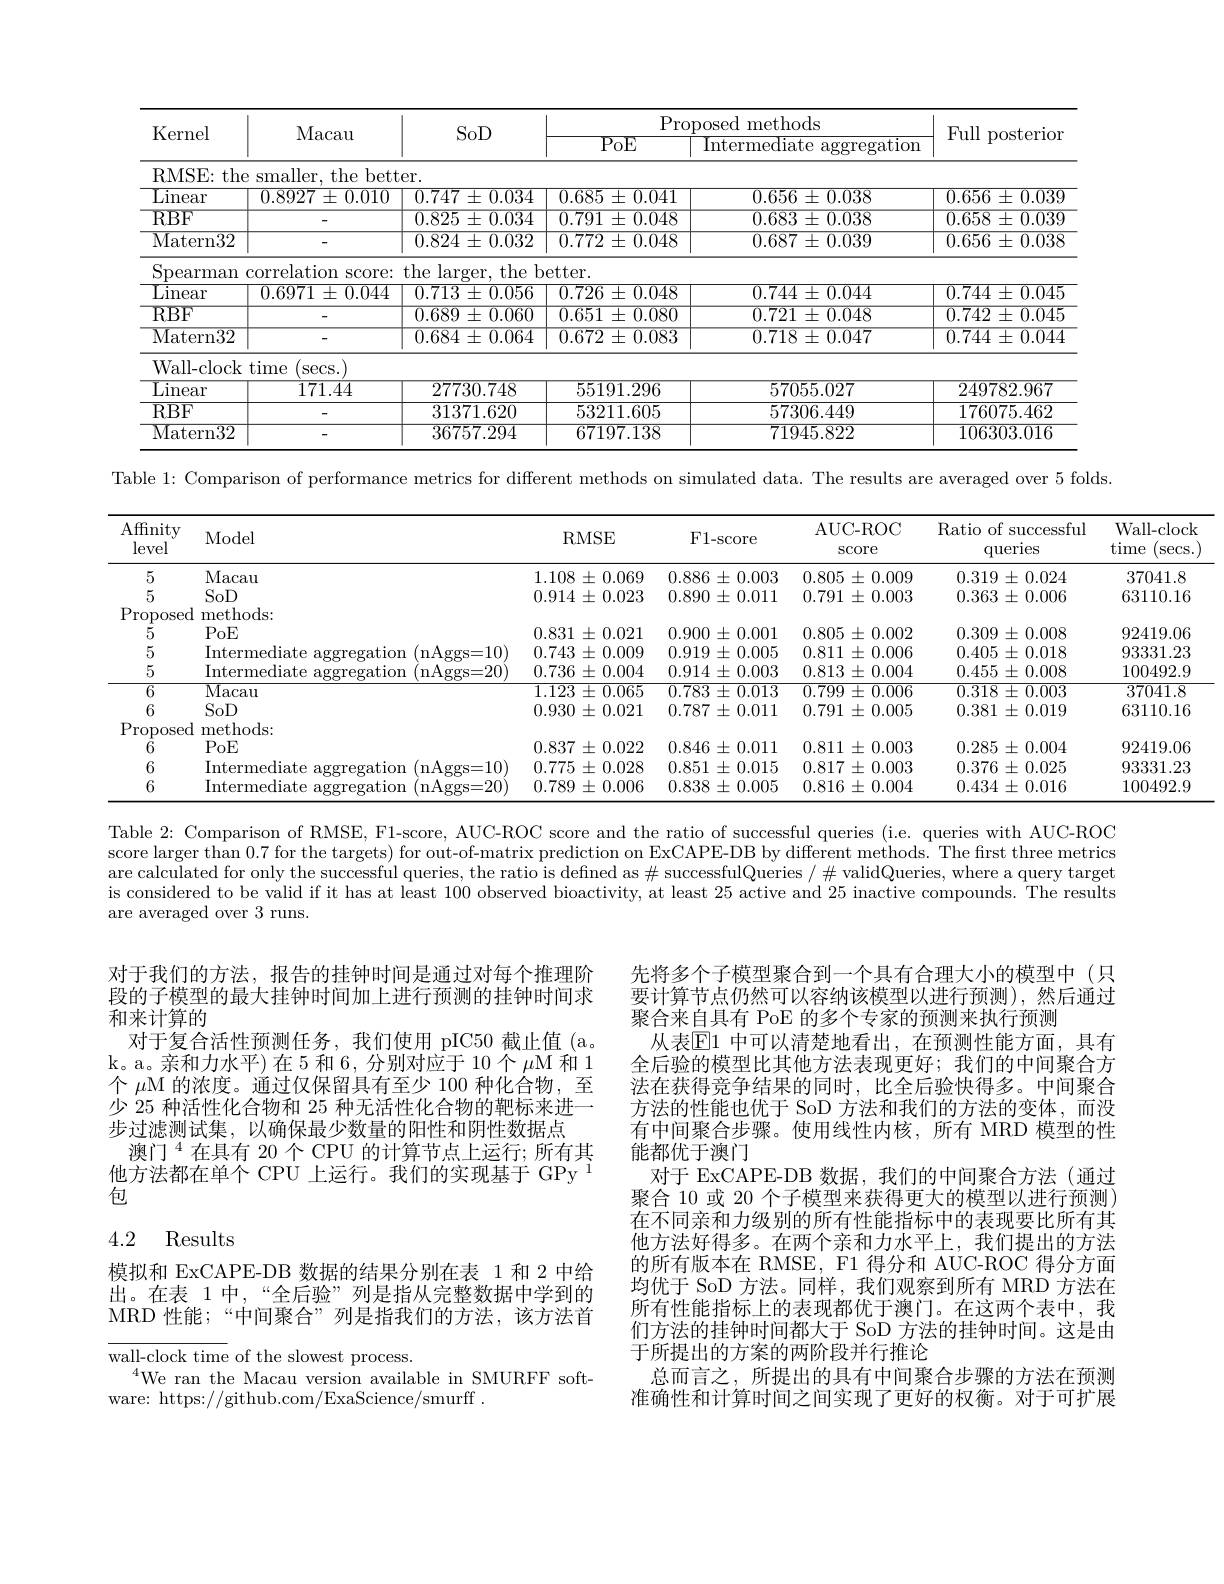
<table>
	<tbody>
		<tr>
			<th rowspan="2">Kernel</th>
			<th rowspan="2">Macau</th>
			<th rowspan="2">SoD</th>
			<th colspan="2">Proposed methods</th>
			<th rowspan="2">Full posterior</th>
		</tr>
		<tr>
			<th>${\mathrm{PoE}}$</th>
			<th>Intermediate a $\operatorname{aggregation}$</th>
		</tr>
		<tr>
			<td>RMSE: the</td>
			<td>smaller. the bett</td>
			<td>er. </td>
			<td> </td>
			<td> </td>
			<td> </td>
		</tr>
		<tr>
			<td>$\operatorname{Linear}$</td>
			<td>$0.8927\pm0.010$</td>
			<td>$0.747\pm0.034$</td>
			<td>$0.685\pm0.041$</td>
			<td>$0.656\pm0.038$</td>
			<td>$0.656\pm0.039$</td>
		</tr>
		<tr>
			<td>$RBF$</td>
			<td> </td>
			<td>$0.825\pm0.034$</td>
			<td>0.791 $\pm0.048$</td>
			<td>$0.683\pm0.038$</td>
			<td>$0.658\pm0.039$</td>
		</tr>
		<tr>
			<td>${\mathrm{Matern32}}$</td>
			<td> </td>
			<td>$0.824\pm0.032$</td>
			<td>0.772 $2\pm0.048$</td>
			<td>$0.687\pm0.039$</td>
			<td>$0.656\pm0.038$</td>
		</tr>
		<tr>
			<td>Spearman</td>
			<td>correlation SCOre: </td>
			<td>the e larger, the -</td>
			<td>$etter.$</td>
			<td> </td>
			<td> </td>
		</tr>
		<tr>
			<td>$\operatorname{Linear}$</td>
			<td>$0.6971\pm0.044$</td>
			<td>$0.713\pm0.056$</td>
			<td>$0.726\pm0.048$</td>
			<td>$0.744\pm0.044$</td>
			<td>$0.744\pm0.045$</td>
		</tr>
		<tr>
			<td>$RBF$</td>
			<td> </td>
			<td>$0.689\pm0.060$</td>
			<td>$0.651\pm0.080$</td>
			<td>$0.721\pm0.048$</td>
			<td>$0.742\pm0.045$</td>
		</tr>
		<tr>
			<td>Matern32</td>
			<td> </td>
			<td>$0.684\pm0.064$</td>
			<td>$0.672\pm0.083$</td>
			<td>$0.718\pm0.047$</td>
			<td>$0.744\pm0.044$</td>
		</tr>
		<tr>
			<td>Wall- clock</td>
			<td>time secs. </td>
			<td> </td>
			<td> </td>
			<td> </td>
			<td> </td>
		</tr>
		<tr>
			<td>${\mathrm{Linear}}$</td>
			<td>$\overline{171.44}$</td>
			<td>27730.748</td>
			<td>55191.296</td>
			<td>57055.027</td>
			<td>249782.967</td>
		</tr>
		<tr>
			<td>$RBF$</td>
			<td> </td>
			<td>31371.620</td>
			<td>53211.605</td>
			<td>57306.449</td>
			<td>176075.462</td>
		</tr>
		<tr>
			<td>Matern32</td>
			<td> </td>
			<td>36757.294</td>
			<td>67197.138</td>
			<td>71945.822</td>
			<td>106303.016</td>
		</tr>
	</tbody>
</table>
Table 1: Comparison of performance metrics for different methods on simulated data. The results are averaged over 5 folds.

Wall- clock 37041.863110.1692419.0693331.23
<table>
	<tbody>
		<tr>
			<th>Affnity level</th>
			<th>Model</th>
			<th>RMSE</th>
			<th>${\mathrm{F1-score}}$</th>
			<th>AUC- ROC $\operatorname{SCOre}$</th>
			<th>Ratio of successful $\operatorname{querles}$</th>
			<th>$W$ $\tan$ 、</th>
		</tr>
		<tr>
			<td>5</td>
			<td>Macau</td>
			<td>1.108 士 0.069</td>
			<td>$0.886\pm0.003$</td>
			<td>0.805 $,\pm$ =0.009</td>
			<td>0.319 $9\pm0.024$</td>
			<td> </td>
		</tr>
		<tr>
			<td>5</td>
			<td>SoD</td>
			<td>$0.914\pm0.023$</td>
			<td>$0.890\pm0.011$</td>
			<td>$0.791\pm0.003$</td>
			<td>$0.363\pm0.006$</td>
			<td> </td>
		</tr>
		<tr>
			<td>$Pr$ roposed 1</td>
			<td>methods: </td>
			<td> </td>
			<td> </td>
			<td> </td>
			<td> </td>
			<td> </td>
		</tr>
		<tr>
			<td>5</td>
			<td>$POE$</td>
			<td>0.831 $\pm$ 0.021</td>
			<td>$0.900\pm0.001$</td>
			<td>$0.805\pm0.002$</td>
			<td>$0.309\pm0.008$</td>
			<td> </td>
		</tr>
		<tr>
			<td>5</td>
			<td>110</td>
			<td>0.743 $\pm0.009$</td>
			<td>$0.919\pm0.005$</td>
			<td>$0.811\pm0.006$</td>
			<td>$0.405\pm0.018$</td>
			<td> </td>
		</tr>
		<tr>
			<td>5</td>
			<td> </td>
			<td>0.736 $\pm0.004$ =</td>
			<td>$0.914\pm0.003$</td>
			<td>$0.813\pm0.004$</td>
			<td>$0.455\pm0.008$</td>
			<td>1</td>
		</tr>
		<tr>
			<td>$\overline{6}$</td>
			<td>$\overline{\mathrm{Macau}}$</td>
			<td>$1.123\pm0.065$</td>
			<td>$0.783\pm0.013$</td>
			<td>$0.799\pm0.006$</td>
			<td>$0.318\pm0.003$</td>
			<td> </td>
		</tr>
		<tr>
			<td>6</td>
			<td>SoD</td>
			<td>0.930 $\pm$ 0.021</td>
			<td>$0.787\pm0.011$</td>
			<td>$0.791\pm0.005$</td>
			<td>$0.381\pm0.019$</td>
			<td> </td>
		</tr>
		<tr>
			<td>Pr roposed </td>
			<td>thods: ma</td>
			<td> </td>
			<td> </td>
			<td> </td>
			<td> </td>
			<td> </td>
		</tr>
		<tr>
			<td>6</td>
			<td>PoE</td>
			<td>0.837 = $\pm0.022$ 1</td>
			<td>$0.846\pm0.011$</td>
			<td>$0.811\pm0.003$</td>
			<td>$0.285\pm0.004$</td>
			<td> </td>
		</tr>
		<tr>
			<td>6</td>
			<td>110</td>
			<td>0.775 士 =0.028</td>
			<td>$0.851\pm0.015$</td>
			<td>$0.817\pm0.003$</td>
			<td>$0.376\pm0.025$</td>
			<td> </td>
		</tr>
		<tr>
			<td>6</td>
			<td>Intermediate aggregation (nAggs=20)</td>
			<td>0.789 $9\pm0.006$</td>
			<td>$0.838\pm0.005$</td>
			<td>$0.816\pm0.004$</td>
			<td>$0.434\pm0.016$</td>
			<td>1</td>
		</tr>
	</tbody>
</table>
100492.9 $\overline{37041.8}$ 63110.1692419.0693331.23100492.9

Table 2: Comparison of RMSE, F1-score, AUC-ROC score and the ratio of successful queries (i.e. queries with AUC-ROC score larger than 0.7 for the targets) for out-of-matrix prediction on ExCAPE-DB by different methods. The first three metrics are calculated for only the successful queries, the ratio is defined as $\#$ successfulQueries $/\#$ validQueries, where a query target is considered to be valid if it has at least 100 observed bioactivity, at least 25 active and 25 inactive compounds. The results are averaged over 3 runs.

对于我们的方法，报告的挂钟时间是通过对每个推理阶段的子模型的最大挂钟时间加上进行预测的挂钟时间求和来计算的
对于复合活性预测任务，我们使用 pIC50 截止值 (a。k。a。亲和力水平)在5和6，分别对应于10个$\mu$M 和1个$\mu$M 的浓度。通过仅保留具有至少 100 种化合物，至少 25 种活性化合物和 25 种无活性化合物的靶标来进一步过滤测试集，以确保最少数量的阳性和阴性数据点
澳门$^{4}$在具有 20 个 CPU 的计算节点上运行；所有其他方法都在单个 CPU 上运行。我们的实现基于 GPy 1包

先将多个子模型聚合到一个具有合理大小的模型中(只要计算节点仍然可以容纳该模型以进行预测),然后通过聚合来自具有 PoE 的多个专家的预测来执行预测
从表$\mathbb{E}1$ 中可以清楚地看出，在预测性能方面，具有全后验的模型比其他方法表现更好；我们的中间聚合方法在获得竞争结果的同时，比全后验快得多。中间聚合方法的性能也优于 SoD 方法和我们的方法的变体，而没有中间聚合步骤。使用线性内核，所有 MRD 模型的性能都优于澳门
对于 ExCAPE-DB 数据，我们的中间聚合方法(通过聚合 10 或 20 个子模型来获得更大的模型以进行预测) 在不同亲和力级别的所有性能指标中的表现要比所有其他方法好得多。在两个亲和力水平上，我们提出的方法的所有版本在 RMSE, F1 得分和 AUC-ROC 得分方面均优于 SoD 方法。同样，我们观察到所有 MRD 方法在所有性能指标上的表现都优于澳门。在这两个表中，我们方法的挂钟时间都大于 SoD 方法的挂钟时间。这是由于所提出的方案的两阶段并行推论
总而言之，所提出的具有中间聚合步骤的方法在预测准确性和计算时间之间实现了更好的权衡。对于可扩展

## 4.2 Results

模拟和 ExCAPE-DB 数据的结果分别在表 1 和 2 中给出。在表 1 中，“全后验” 列是指从完整数据中学到的MRD 性能；“中间聚合”列是指我们的方法，该方法首

wall-clock time of the slowest process.
$^{4}$We ran the Macau version available in SMURFF soft-
ware: https://github.com/ExaScience/smurff.

(secs. )